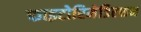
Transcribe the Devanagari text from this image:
फाइटोरिमेडिएशन